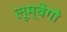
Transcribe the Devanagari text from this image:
लूम्बेगो